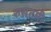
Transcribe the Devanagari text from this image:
रुसतमी